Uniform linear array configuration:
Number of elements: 4
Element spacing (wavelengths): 0.75
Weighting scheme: cosine
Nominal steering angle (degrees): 60
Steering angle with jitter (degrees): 61.436
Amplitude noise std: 0.05
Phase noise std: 0.05

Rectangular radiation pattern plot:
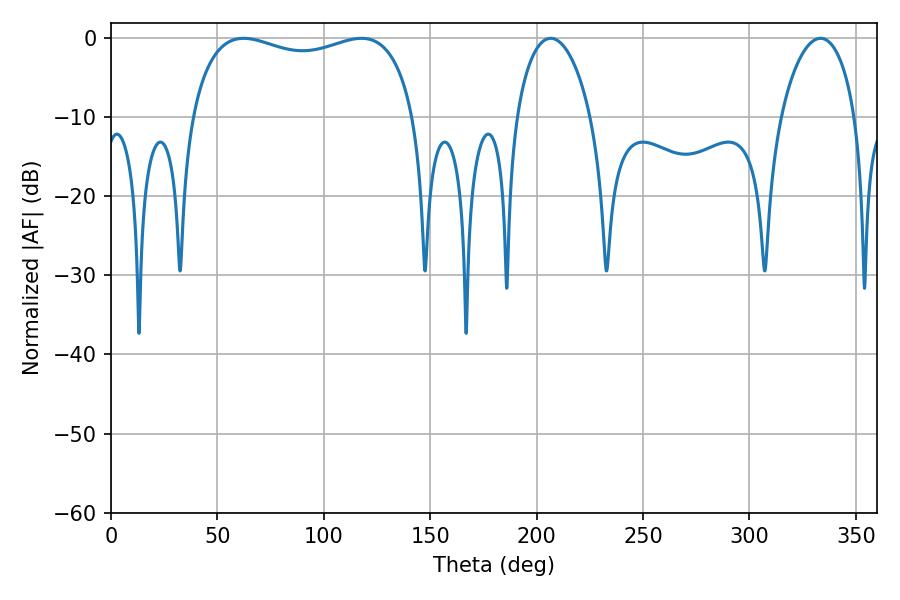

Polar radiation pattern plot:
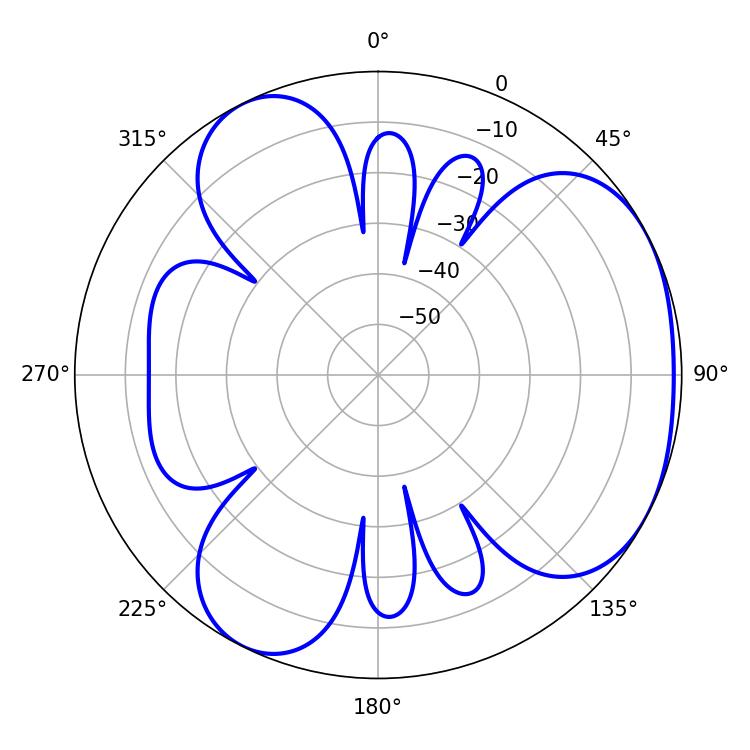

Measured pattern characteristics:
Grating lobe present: TRUE
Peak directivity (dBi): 3.797
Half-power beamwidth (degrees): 86.04
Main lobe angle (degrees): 62.28